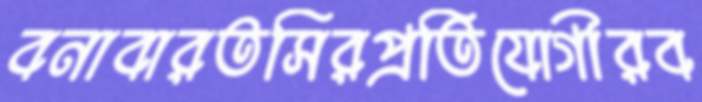
বনাবারতসিরপ্রতিযোগীরব